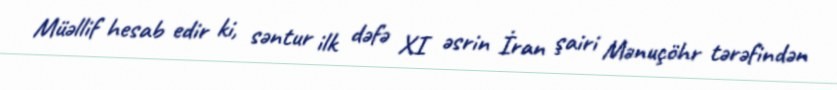
Müəllif hesab edir ki, səntur ilk dəfə XI əsrin İran şairi Mənuçöhr tərəfindən